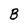
Character: B